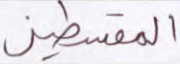
المقسطين